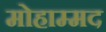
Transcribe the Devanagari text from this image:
मोहाम्मद